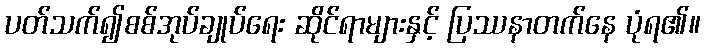
ပတ်သက်၍စစ်အုပ်ချုပ်ရေး ဆိုင်ရာများနှင့် ပြဿနာတက်နေ ပုံရ၏။